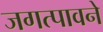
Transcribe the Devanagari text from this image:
जगत्पावने